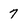
Character: 7